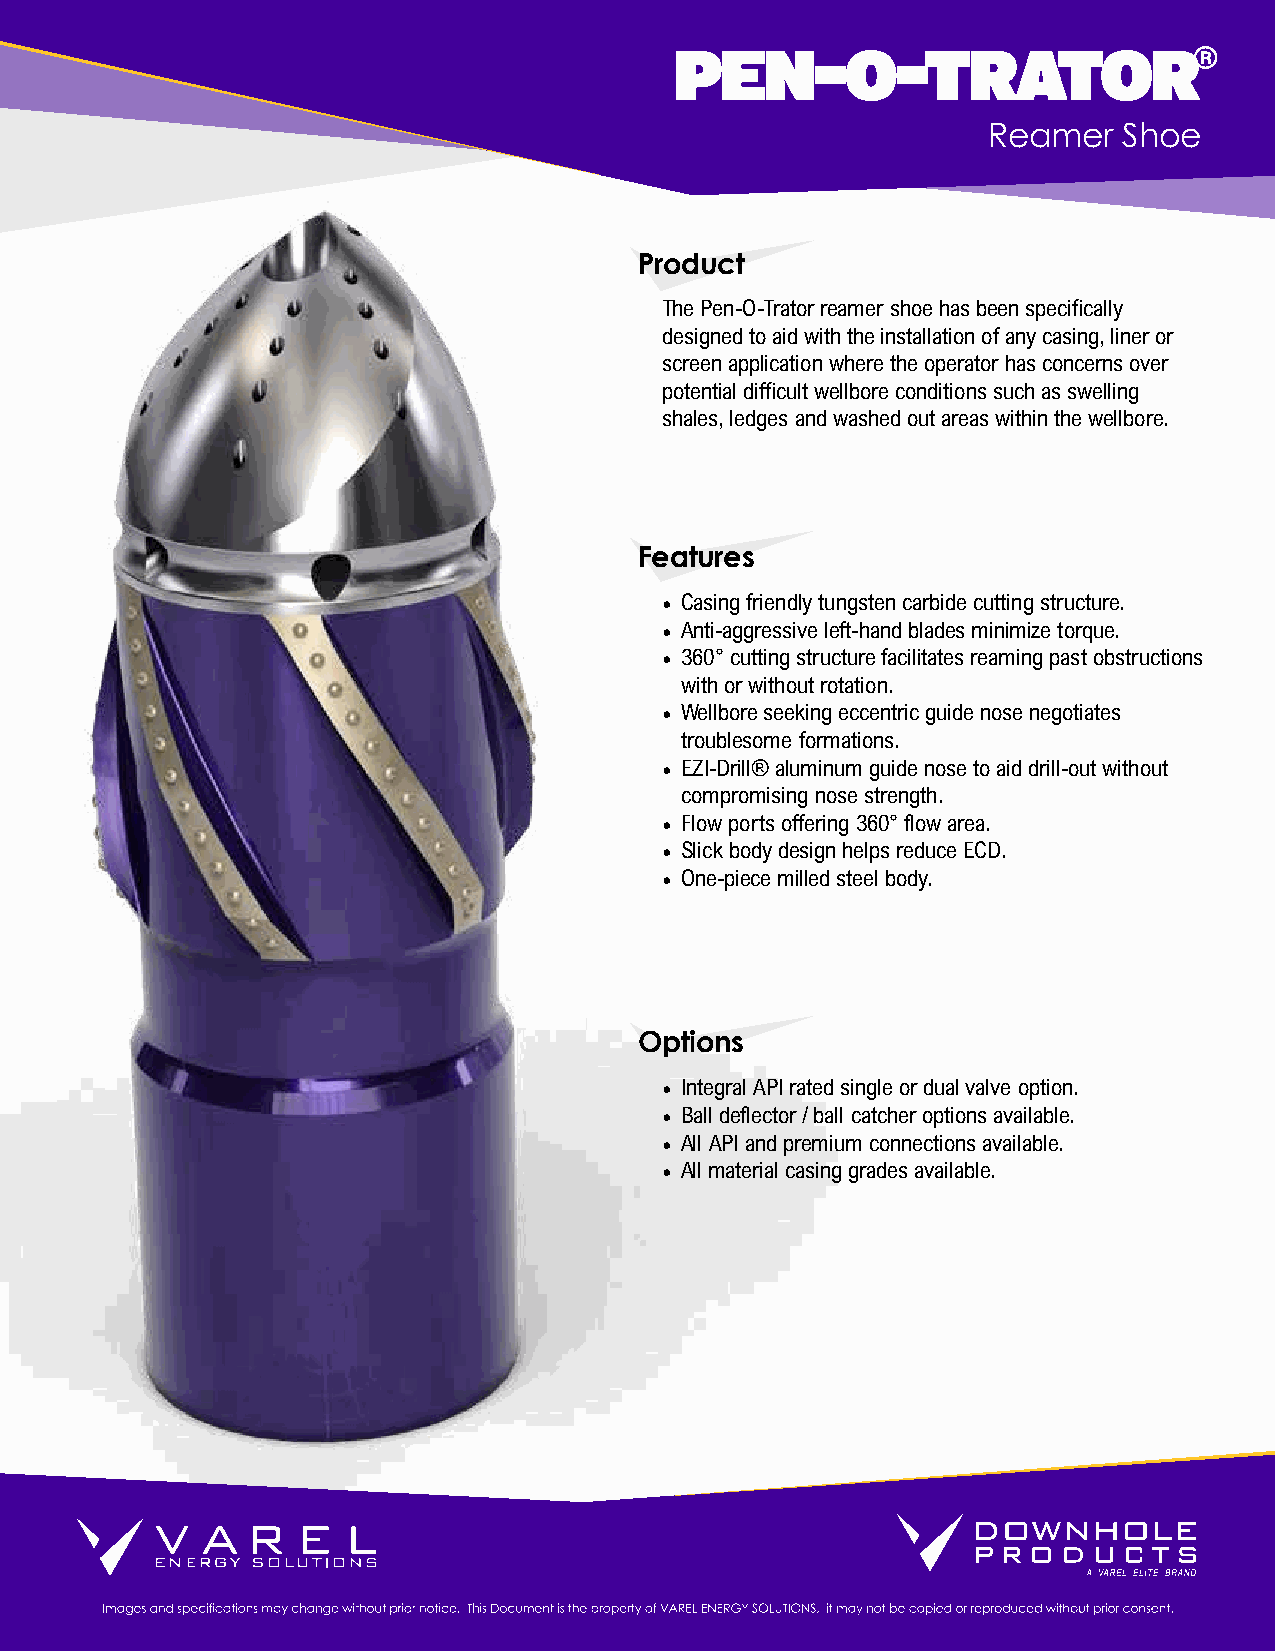
PEN-O-TRATOR®
 Reamer   Shoe
 Product
 The Pen-O-Trator reamer shoe has been specifically
 designed to aid with the installation of any casing, liner or
 screen application where the operator has concerns over
 potential difficult wellbore conditions such as swelling
 shales, ledges and washed out areas within the wellbore.
 Features
 • Casing friendly tungsten carbide cutting structure.
 • Anti-aggressive left-hand blades minimize torque.
 • 360° cutting structure facilitates reaming past obstructions
 with or without rotation.
 • Wellbore seeking eccentric guide nose negotiates
 troublesome formations.
 • EZI-Drill® aluminum guide nose to aid drill-out without
 compromising nose strength.
 • Flow ports offering 360° flow area.
 • Slick body design helps reduce ECD.
 • One-piece milled steel body.
 Options
 • Integral API rated single or dual valve option.
 • Ball deflector / ball catcher options available.
 • All API and premium connections available.
 • All material casing grades available.